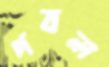
পবল